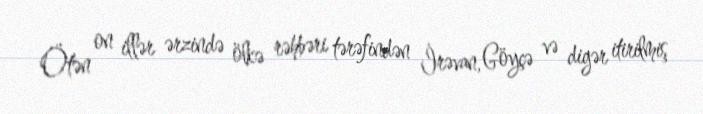
Ötən on illər ərzində ölkə rəhbəri tərəfindən İrəvan, Göyçə və digər itirilmiş